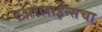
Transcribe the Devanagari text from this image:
एअरलाईन्सचा